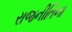
રાજનીતિના